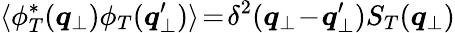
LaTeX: \langle\phi_{T}^{*}({\boldsymbol{q}}_{\perp})\phi_{T}({\boldsymbol{q}}_{\perp}^{\prime})\rangle\! =\! \delta^{2}({\boldsymbol{q}}_{\perp}\! -\! {\boldsymbol{q}}_{\perp}^{\prime})S_{T}({\boldsymbol{q}}_{\perp})